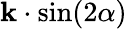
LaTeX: \mathbf{k}\cdot\sin(2\alpha)